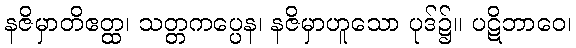
နဇိမှာတိဧတ္ထ၊ သတ္တကပ္ပေန၊ နဇိမှာဟူသော ပုဒ်၌။ ပဋိဘာဝေ၊